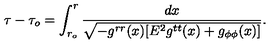
\tau - \tau _ { o } = \int _ { r _ { o } } ^ { r } \frac { d x } { \sqrt { - g ^ { r r } ( x ) [ E ^ { 2 } g ^ { t t } ( x ) + g _ { \phi \phi } ( x ) ] } } .